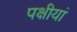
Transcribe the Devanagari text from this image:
पक्षीयां